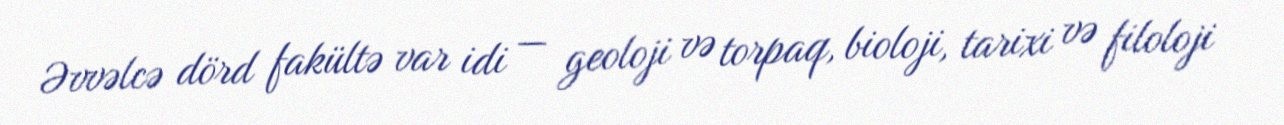
Əvvəlcə dörd fakültə var idi — geoloji və torpaq, bioloji, tarixi və filoloji